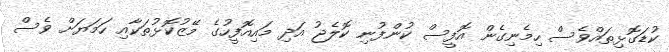
ކުޑަގޮޅިތައްވެސް ހިމެނިގެން އޮފީސް ކުންފުނި ކޮލެޖު އަދި މައިއޮފީހުގެ މޭޒުކޮޅުތަކާއި ހަމަޔަށް ވެސް